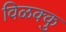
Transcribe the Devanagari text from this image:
विळक्कु